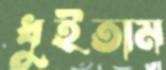
ধুইতাম